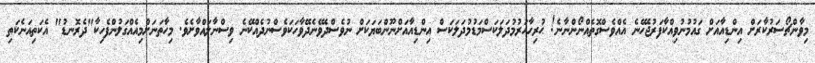
މިވާންޗޯސަރުކާރަށް އިންޑިއާއަށް ގައުމުނުވިއްކާފަރުޖެހޭނެ އެއްވެސްގޮތެއްނޯންނާނެ! ޙުރިހާހަރުމުދަލަކަސްމަޑުމުދަލަކަސް އިންޑިއާއަށްނޫންބަޔަކަށް ނުވެސްދެވޭނެދޭވާހަކަވެސްނުދެއްކޭނެ ވިސްނާލައްވާށެވެ. މިހާތަނަށްމިއެއްގަލުންފެހިކާ"ދެރޮނޑު" އެކަތިއަނެކަތި